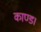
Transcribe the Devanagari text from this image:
काण्ड।